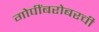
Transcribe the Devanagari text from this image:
गोपींबरोबरची